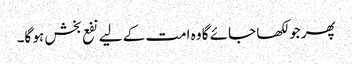
پھر جو لکھا جائے گا وہ امت کے لیے نفع بخش ہو گا۔